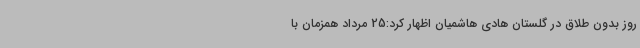
روز بدون طلاق در گلستان هادی هاشمیان اظهار کرد:25 مرداد همزمان با